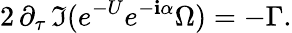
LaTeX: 2\, \partial_{\tau}\, \Im(e^{-U}e^{-\mathbf{i}\alpha}\Omega)=-\Gamma.